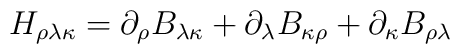
H_{\rho\lambda\kappa} = \partial_\rho B_{\lambda\kappa} +\partial_\lambda B_{\kappa\rho} +\partial_\kappa B_{\rho\lambda}